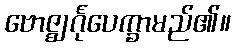
ဗောဇ္ဈင်္ဂုပေက္ခာမည်၏။